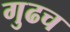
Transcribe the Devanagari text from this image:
गुढच